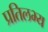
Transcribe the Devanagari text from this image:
प्रतिलभ्य